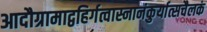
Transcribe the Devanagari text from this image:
आदौग्रामाद्वहिर्गत्वास्नानंकुर्यात्सचैलकं